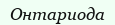
Онтариода